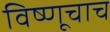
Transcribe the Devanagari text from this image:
विष्णूचाच